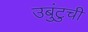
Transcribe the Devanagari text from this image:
उबुंटुची